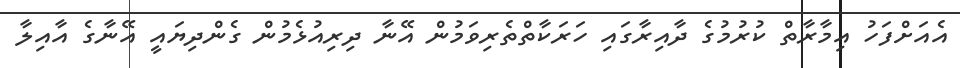
އެއަށްފަހު އިމާރާތް ކުރުމުގެ ދާއިރާގައި ހަރަކާތްތެރިވަމުން އޭނާ ދިރިއުޅެމުން ގެންދިޔައީ އޭނާގެ އާއިލާ